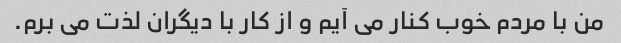
من با مردم خوب کنار می آیم و از کار با دیگران لذت می برم.